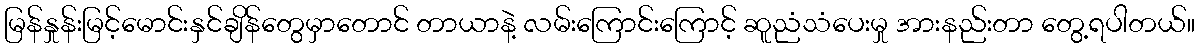
မြန်နှုန်းမြင့်မောင်းနှင်ချိန်တွေမှာတောင် တာယာနဲ့ လမ်းကြောင်းကြောင့် ဆူညံသံပေးမှု အားနည်းတာ တွေ့ရပါတယ်။